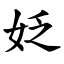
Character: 姂